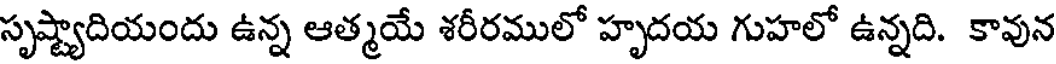
సృష్ట్యాదియందు ఉన్న ఆత్మయే శరీరములో హృదయ గుహలో ఉన్నది. కావున